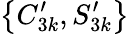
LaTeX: \big\{ C_{3k}^{\prime},S_{3k}^{\prime}\big\}